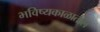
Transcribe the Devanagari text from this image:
भविष्यकाळातील